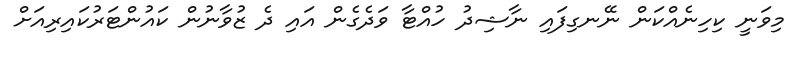
މިވަނީ ކިހިނެއްކަން ނޭނގިފައި ނާޝިދު ހުއްޓާ ވަދެގެން އައި ދެ ޒުވާނުން ކައުންޓަރުކައިރިއަށް